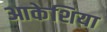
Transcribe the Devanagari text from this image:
आकेशिया